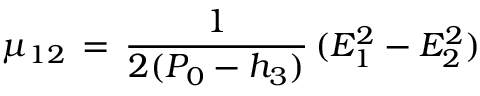
\mu _ { 1 2 } \, = \, { \frac { 1 } { 2 ( P _ { 0 } - h _ { 3 } ) } } \, ( E _ { 1 } ^ { 2 } - E _ { 2 } ^ { 2 } )